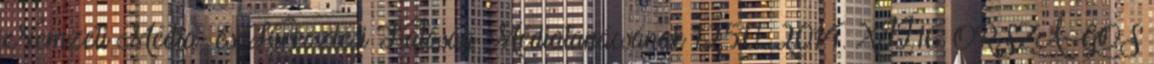
Nemzeti Média- és Hírközlési Hatóság Médiatanácsának 1250 2014. XII.16. ORSZÁGOS